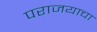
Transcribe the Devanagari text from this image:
पराजयाचा